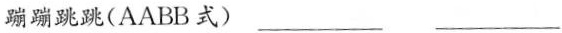
蹦蹦跳跳(AABB式)___ ___